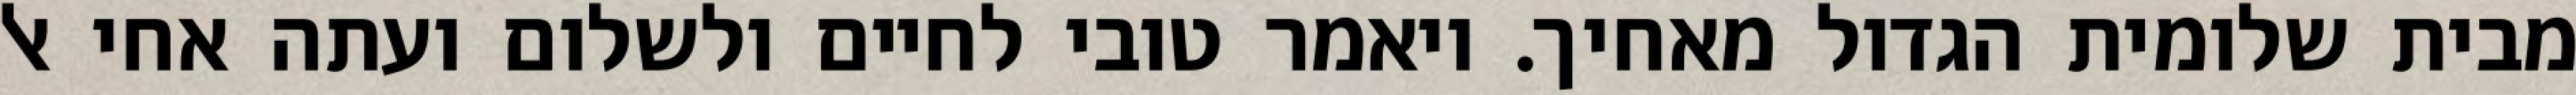
מבית שלומית הגדול מאחיך. ויאמר טובי לחיים ולשלום ועתה אחי אל